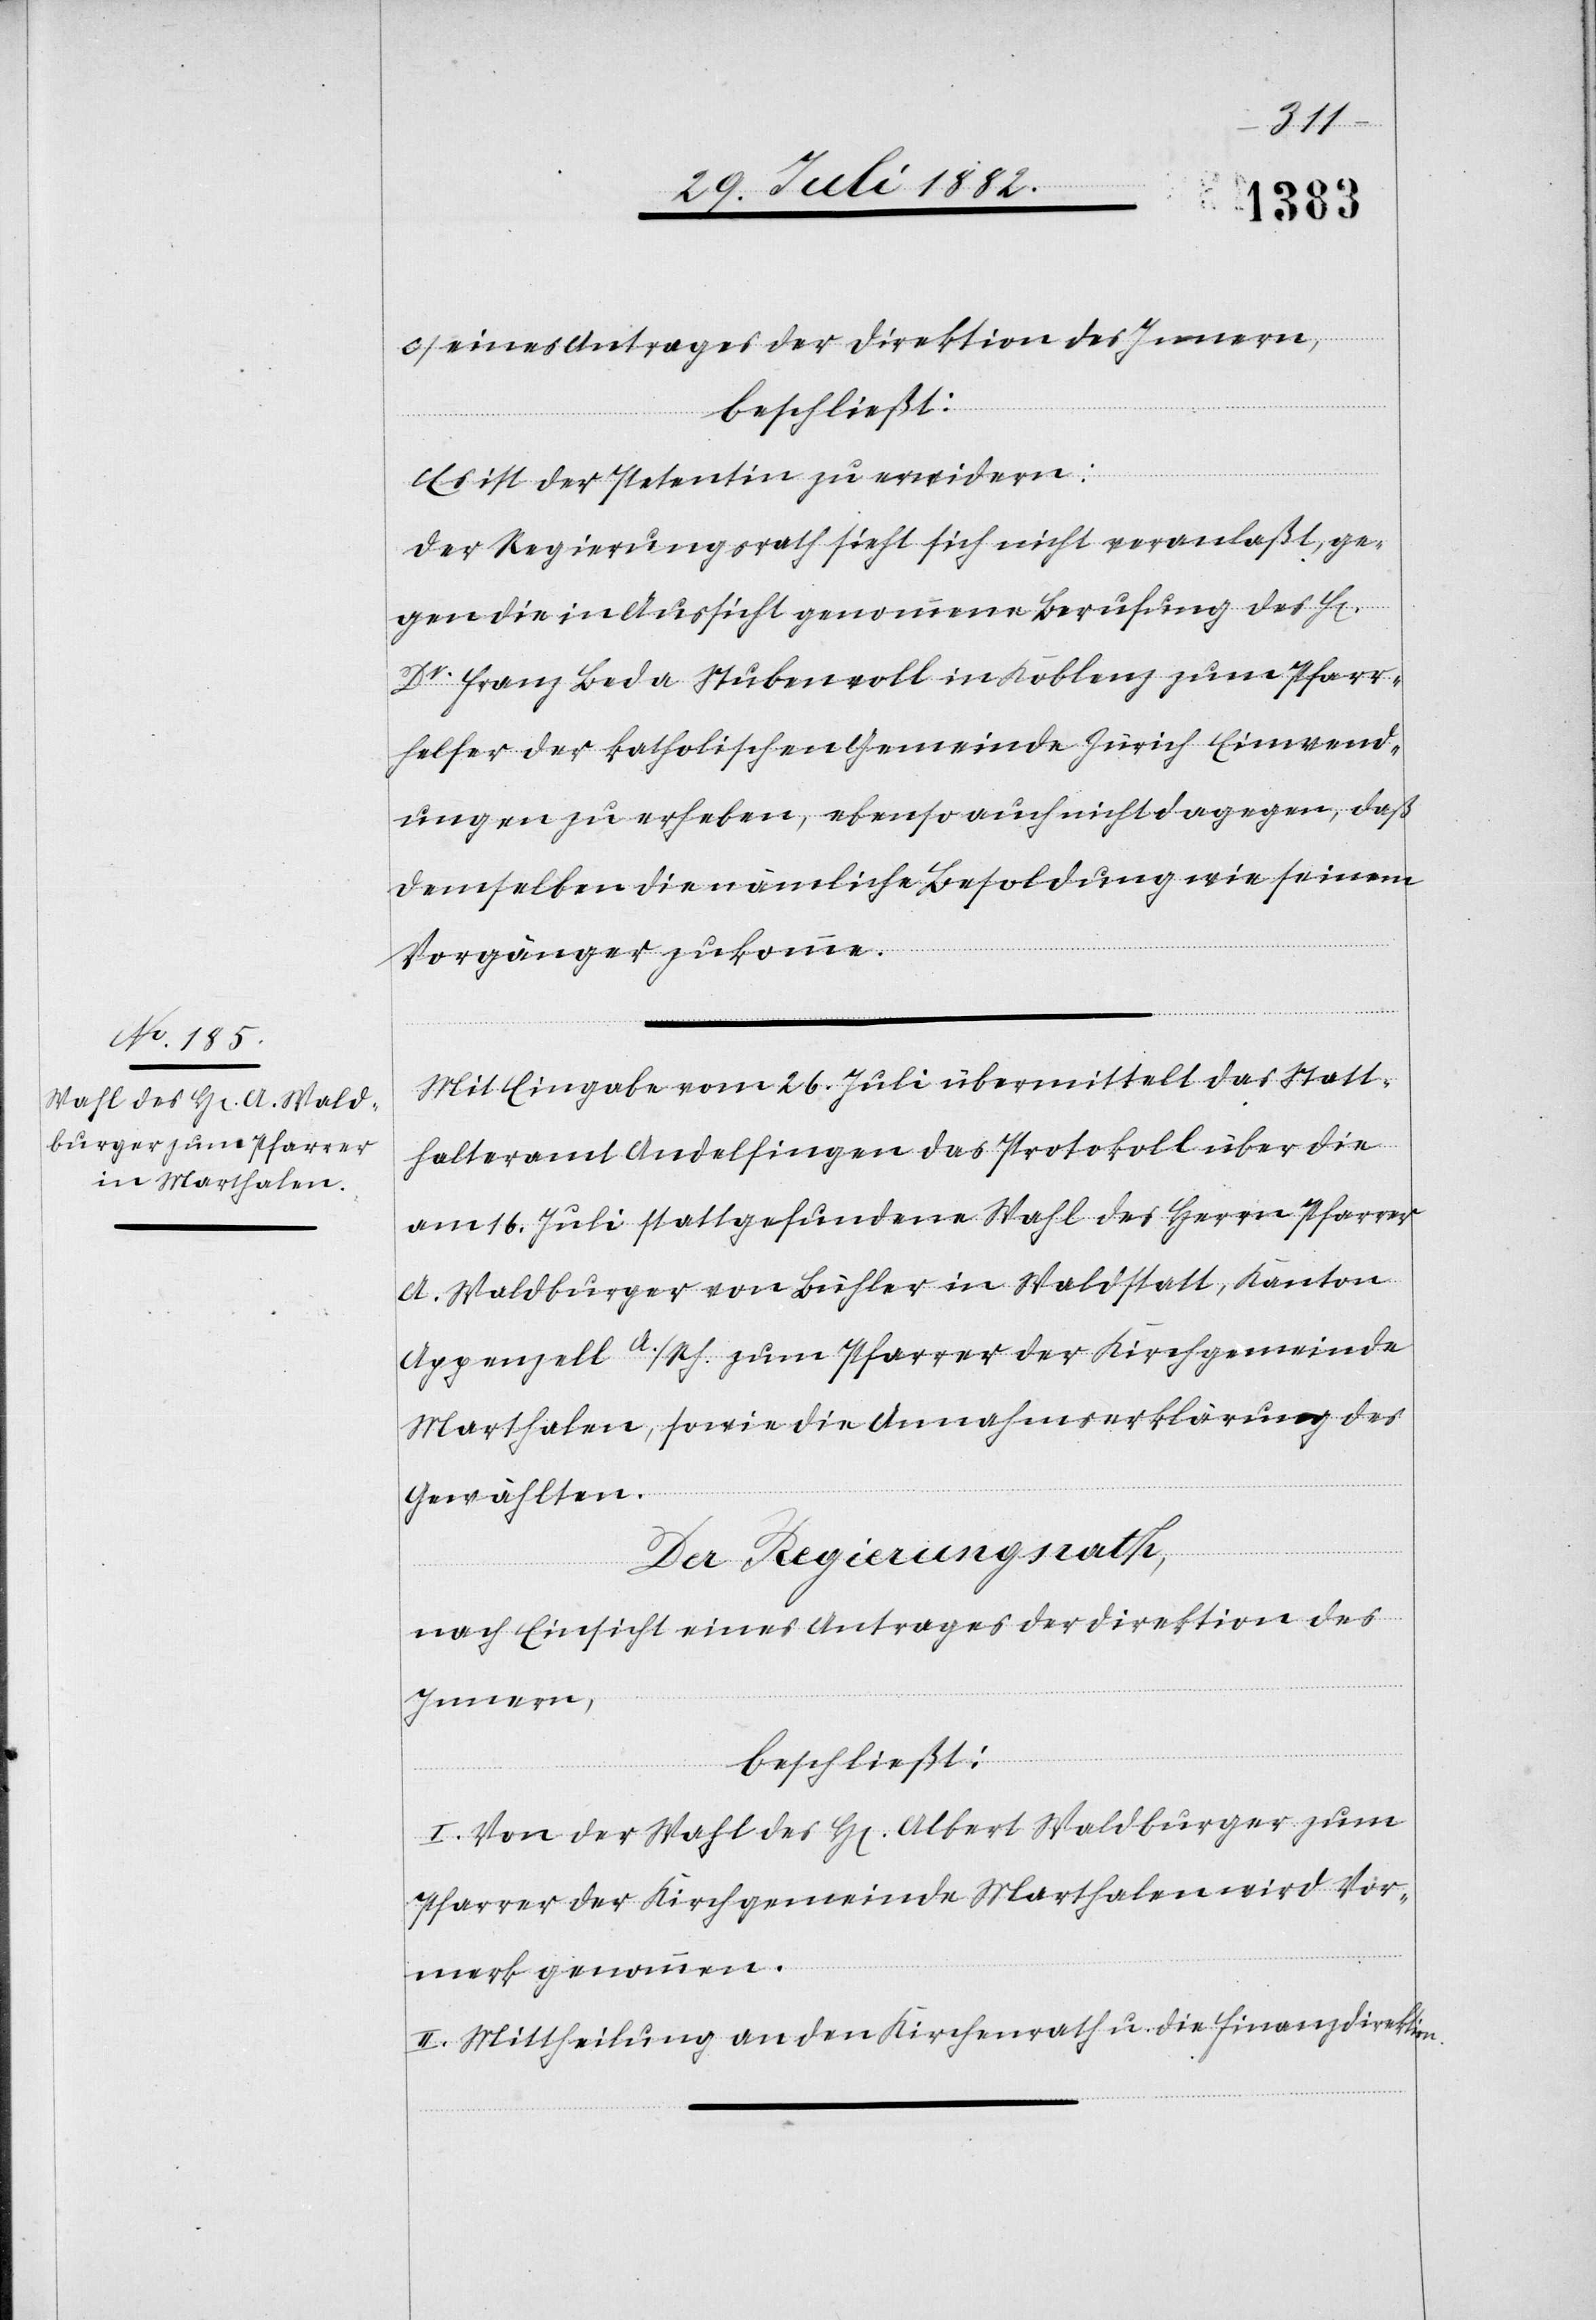
on.
c) eines Antrages der Direktion des Innern,
beschließt:
Es ist der Petentin zu erwidern:
Der Regierungsrath sieht sich nicht veranlaßt, ge¬
gen die in Aussicht genommene Berufung des H[en]
Dr Franz Beda Stubenroll in Koblenz zum Pfarr¬
helfer der katholischen Gemeinde Zürich Einwend¬
ungen zu erheben, ebenso auch nicht dagegen, daß
demselben die nämliche Besoldung wie seinem
Vorgänger zukomme.
Mit Eingabe vom 26. Juli übermittelt das Statt¬
halteramt Andelfingen das Protokoll über die
am 16. Juli stattgefundene Wahl des Herrn Pfarrer
A. Waldburger von Bühler in Waldstatt, Kanton
Appenzell A./Rh. zum Pfarrer der Kirchgemeinde
Marthalen, sowie die Annahmserklärung des
Gewählten.
Der Regierungsrath,
nach Einsicht eines Antrages der Direktion des
Innern,
beschließt:
I. Von der Wahl des H[en] Albert Waldburger zum
Pfarrer der Kirchgemeinde Marthalen wird Vor¬
merk genommen.
II. Mittheilung an den Kirchenrath u. die Finanzdirekti¬